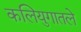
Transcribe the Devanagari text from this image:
कलियुगातले